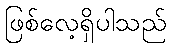
ဖြစ်လေ့ရှိပါသည်